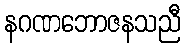
နဂဏဘောဇနသညီ